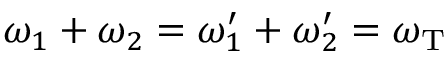
\omega _ { 1 } + \omega _ { 2 } = \omega _ { 1 } ^ { \prime } + \omega _ { 2 } ^ { \prime } = \omega _ { \mathrm { T } }